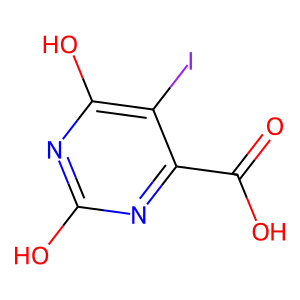
SMILES: O=C(O)c1nc(O)nc(O)c1I
Inhibits HIV replication: No